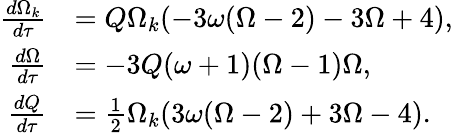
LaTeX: \begin{array}{rl}{\frac{d\Omega_{k}}{d\tau}}&{=Q\Omega_{k}(-3\omega(\Omega-2)-3\Omega+4),}\\ {\frac{d\Omega}{d\tau}}&{=-3Q(\omega+1)(\Omega-1)\Omega,}\\ {\frac{dQ}{d\tau}}&{=\frac{1}{2}\Omega_{k}(3\omega(\Omega-2)+3\Omega-4).}\end{array}